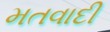
મતવાદી